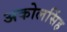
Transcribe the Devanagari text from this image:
अकोलसिंह